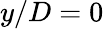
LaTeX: y/D=0